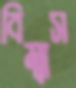
বিম্বাস